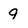
Character: 9